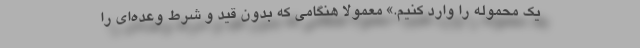
یک محموله را وارد کنیم.» معمولا هنگامی که بدون قید و شرط وعده‌ای را